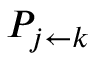
P _ { j \leftarrow k }